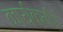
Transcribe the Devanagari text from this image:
कार्यकर्ताएं